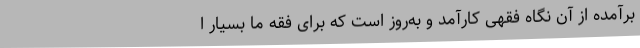
برآمده از آن نگاه فقهی کارآمد و به‌روز است که برای فقه ما بسیار ا